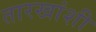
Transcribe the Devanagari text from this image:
तारखांशी